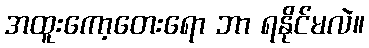
အထူးကော့တေးရော ဘာ ရနိုင်မလဲ။